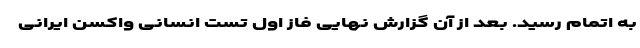
به اتمام رسید. بعد از آن گزارش نهایی فاز اول تست انسانی واکسن ایرانی